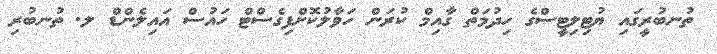
ތުނބުރީގައި ޔުޓިލިޓީސްގެ ހިދުމަތް ގާއިމް ކުރަން ހަވާލުކޮށްފިގެސްޓް ހައުސް އައިލެންޑް ލ. ތުނބުރި